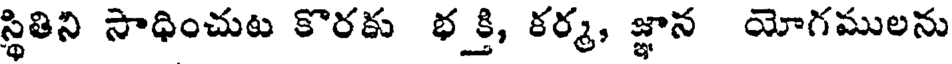
స్థితిని సాధించుట కొరకు భక్తి, కర్మ, జ్ఞాన యోగములను